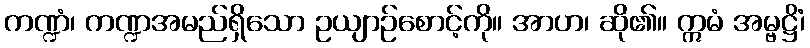
ကဏ္ဍံ၊ ကဏ္ဍအမည်ရှိသော ဥယျာဉ်စောင့်ကို။ အာဟ၊ ဆို၏။ ဣမံ အမ္ဗဋ္ဌိံ၊